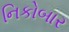
નિકોબાર